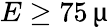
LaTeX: E\ge 75\, \upmu